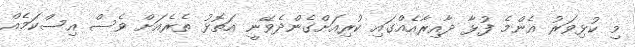
މި ކުޅިވަރު އެންމެ ފުޅާ ދާއިރާއެއްގައި ކުރިއަށްގެންދެވޭނީ އަތޮޅު ތެރެއަށް ވެސް އިސްކަމެއް